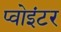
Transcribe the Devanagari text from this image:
प्वोइंटर